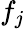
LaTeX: f_{j}